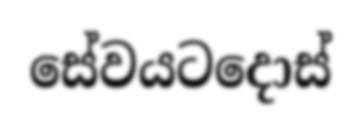
සේවයටදොස්